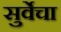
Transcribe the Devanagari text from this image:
सुर्वेचा